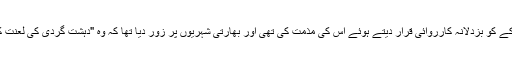
بھارتی وزیرِ اعظم من موہن سنگھ نے دھماکے کو بزدلانہ کارروائی قرار دیتے ہوئے اس کی مذمت کی تھی اور بھارتی شہریوں پر زور دیا تھا کہ وہ "دہشت گردی کی لعنت کو جڑ سے مٹانے کے لیے" اٹھ کھڑے ہوں۔